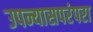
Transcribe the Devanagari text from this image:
उपन्यासपरंपरा